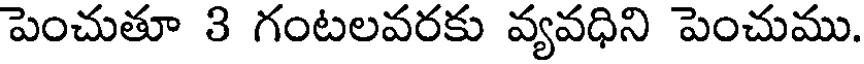
పెంచుతూ 3 గంటలవరకు వ్యవధిని పెంచుము.